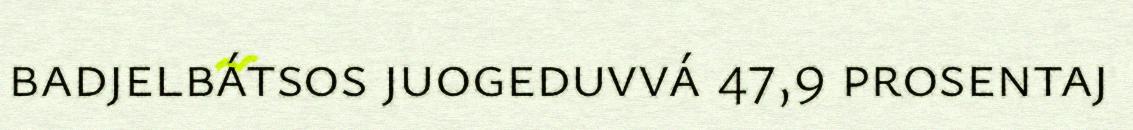
badjelbátsos juogeduvvá 47,9 prosentaj